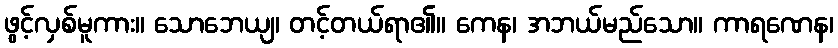
ဖွင့်လှစ်မူကား။ သောဘေယျ၊ တင့်တယ်ရာ၏။ ကေန၊ အဘယ်မည်သော။ ကာရဏေန၊